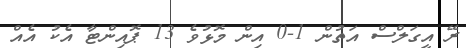
ރޭ އީގަލްސް އަތުން 1-0 އިން މޮޅުވެ 13 ޕޮއިންޓާ އެކު އެއް